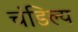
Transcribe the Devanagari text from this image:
चंडिल्य